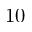
1 0